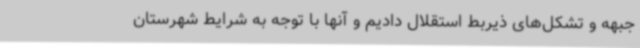
جبهه و تشکل‌های ذیربط استقلال دادیم و آنها با توجه به شرایط شهرستان